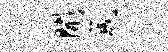
开成